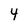
Character: 4